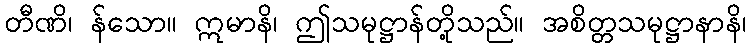
တီဏိ၊ န်သော။ ဣမာနိ၊ ဤသမုဋ္ဌာန်တို့သည်။ အစိတ္တသမုဋ္ဌာနာနိ၊